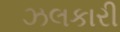
ઝલકારી